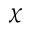
\chi